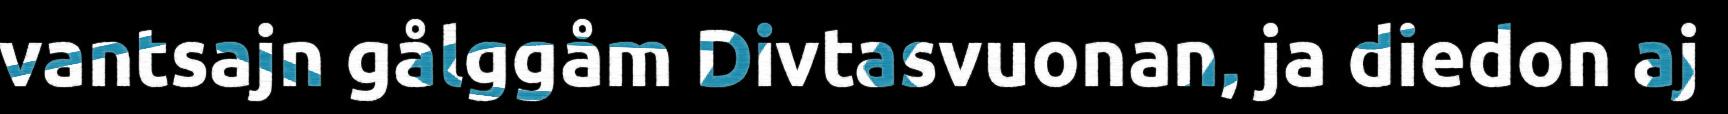
vantsajn gålggåm Divtasvuonan, ja diedon aj